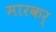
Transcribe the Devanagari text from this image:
मारकर्